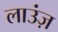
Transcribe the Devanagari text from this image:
लाउंज़